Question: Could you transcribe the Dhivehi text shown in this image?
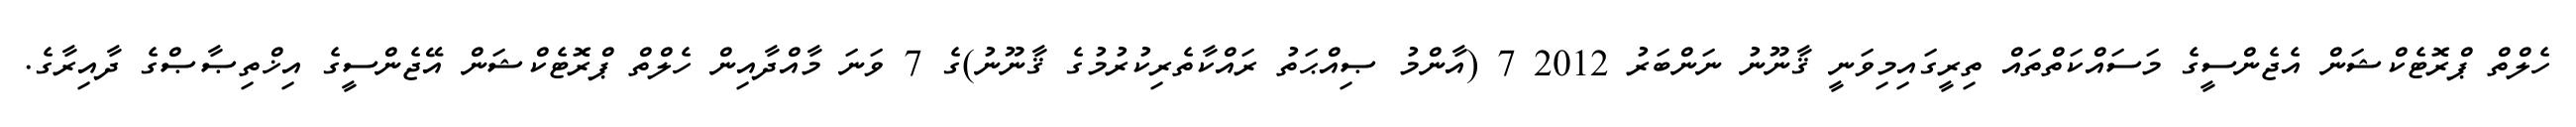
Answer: ހެލްތް ޕްރޮޓެކްޝަން އެޖެންސީގެ މަސައްކަތްތައް ތިރީގައިމިވަނީ ޤާނޫނު ނަންބަރު 2012 7 (އާންމު ޞިއްޙަތު ރައްކާތެރިކުރުމުގެ ޤާނޫނު)ގެ 7 ވަނަ މާއްދާއިން ހެލްތް ޕްރޮޓެކްޝަން އޭޖެންސީގެ އިޚްތިޞާޞްގެ ދާއިރާގެ.